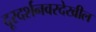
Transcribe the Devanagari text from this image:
दूरदर्शनवरदेखील